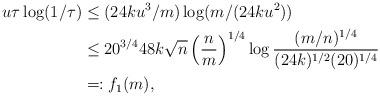
LaTeX: \begin{align*} u \tau \log(1/\tau) &\le (24ku^3/m) \log( m / (24ku^2) ) \\ &\le 20^{3/4} 48k \sqrt{n} \left(\frac{n}{m}\right)^{1/4} \log \frac{ (m/n)^{1/4} }{ (24k)^{1/2}(20)^{1/4} } \\ &=: f_1(m), \end{align*}